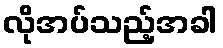
လိုအပ်သည့်အခါ